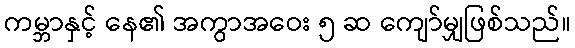
ကမ္ဘာနှင့် နေ၏ အကွာအဝေး ၅ ဆ ကျော်မျှဖြစ်သည်။